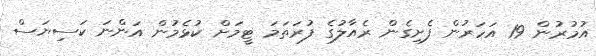
އުމުރުން 19 އަހަރުން ފެށިގެން ރެއާލުގެ ފުރަތަމަ ޓީމަށް ކުޅެމުން އަންނަ ކަސިޔަސް